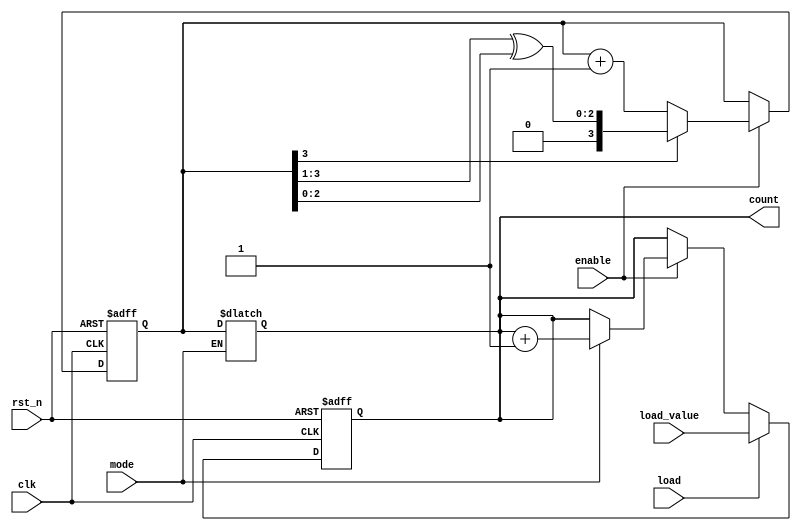
module ChainedParallelCounter (
    input wire clk,           // Clock signal
    input wire rst_n,        // Asynchronous reset (active low)
    input wire enable,       // Enable counting
    input wire load,         // Load signal for parallel loading
    input wire [N-1:0] load_value, // Value to load in parallel mode
    input wire mode,         // Mode selection: 0 for chained, 1 for parallel
    output reg [N-1:0] count // Counter output
);
    parameter N = 4; // Number of bits in the counter

    // Internal signals for the chained counter mode
    reg [N-1:0] chained_count;

    // Chained counter logic
    always @(posedge clk or negedge rst_n) begin
        if (!rst_n) begin
            chained_count <= 0; // Reset chained counter
        end else if (enable) begin
            // Chained counting logic
            if (chained_count[N-1]) begin
                chained_count <= {1'b0, chained_count[N-1:1]} ^ {1'b0, chained_count[N-2:0]};
            end else begin
                chained_count <= chained_count + 1'b1;
            end
        end
    end

    // Parallel counter logic
    always @(posedge clk or negedge rst_n) begin
        if (!rst_n) begin
            count <= 0; // Reset parallel counter
        end else if (load) begin
            count <= load_value; // Load specified value
        end else if (enable) begin
            if (mode) begin
                count <= count + 1'b1; // Increment in parallel mode
            end
        end
    end

    // Output logic based on mode
    always @(*) begin
        if (mode) begin
            count = count; // Output for parallel mode
        end else begin
            count = chained_count; // Output for chained mode
        end
    end
endmodule